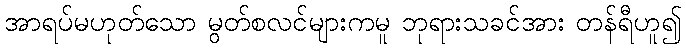
အာရပ်မဟုတ်သော မွတ်စလင်များကမူ ဘုရားသခင်အား တန်ရီဟူ၍